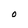
Character: O